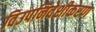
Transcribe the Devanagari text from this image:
विउपनिवेशीकरण